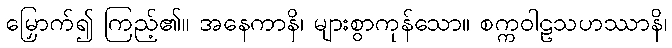
မြှောက်၍ ကြည့်၏။ အနေကာနိ၊ များစွာကုန်သော။ စက္ကဝါဠသဟဿာနိ၊